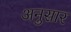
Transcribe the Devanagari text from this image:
अनुसार